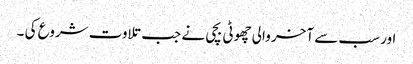
اور سب سے آخر والی چھوٹی بچی نے جب تلاوت شروع کی ۔